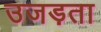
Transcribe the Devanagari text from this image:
उजड़ता